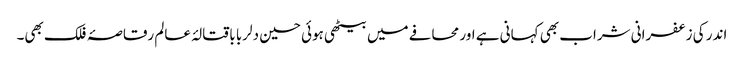
اندر کی زعفرانی شراب بھی کہانی ہے اور محافے میں بیٹھی ہوئی حسین دلربا باقتالۂ عالم رقاصۂ فلک بھی۔